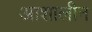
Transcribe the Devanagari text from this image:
आशालीन